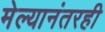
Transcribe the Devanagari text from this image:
मेल्यानंतरही